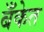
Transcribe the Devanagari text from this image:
बॅँकेत